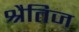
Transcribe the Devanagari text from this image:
श्रैतिज